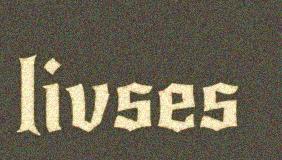
livses